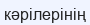
кәрілерінің